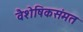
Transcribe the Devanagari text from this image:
वैशेषिकसंमत